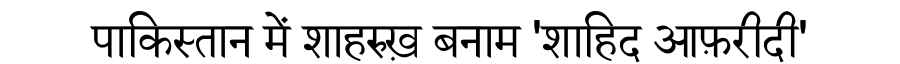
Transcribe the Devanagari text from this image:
पाकिस्तान में शाहरुख़ बनाम 'शाहिद आफ़रीदी'